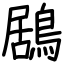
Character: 鶋